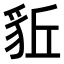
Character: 𧲰